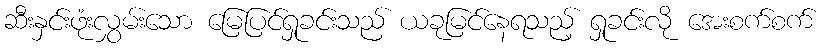
ဆီးနှင်းဖုံးလွှမ်းသော မြေပြင်ရှုခင်းသည် ယခုမြင်နေရသည့် ရှုခင်းလို အေးစက်စက်